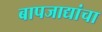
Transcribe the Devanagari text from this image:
बापजाद्यांचा